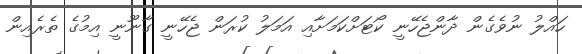
ހައްލު ނުވެގެން ދާންޖެހޭނީ ކޯޓަށްކަމަށާއި އަމަލު ކުރަން ޖެހޭނީ ގާނޫނީ އިމުގެ ތެރެއިން